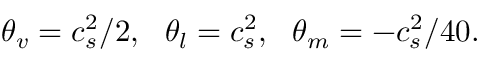
{ \theta _ { v } } = c _ { s } ^ { 2 } / 2 , ~ ~ { \theta _ { l } } = c _ { s } ^ { 2 } , ~ ~ { \theta _ { m } } = - c _ { s } ^ { 2 } / 4 0 .